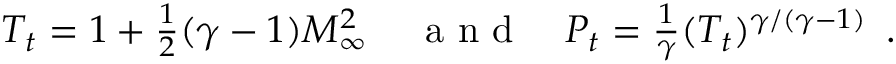
\begin{array} { r l r } { T _ { t } = 1 + \frac { 1 } { 2 } ( \gamma - 1 ) M _ { \infty } ^ { 2 } \, } & { { } \mathrm { ~ a ~ n ~ d ~ } } & { P _ { t } = \frac { 1 } { \gamma } ( T _ { t } ) ^ { \gamma / ( \gamma - 1 ) } \, \mathrm { ~ . ~ } } \end{array}